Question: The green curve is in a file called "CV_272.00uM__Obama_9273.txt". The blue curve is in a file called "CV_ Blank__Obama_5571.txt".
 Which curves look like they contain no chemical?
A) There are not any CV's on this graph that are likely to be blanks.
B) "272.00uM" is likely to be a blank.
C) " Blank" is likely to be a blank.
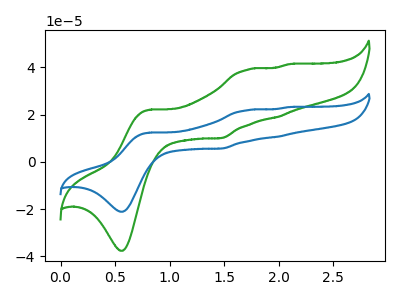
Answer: <think>The green curve "272.00uM" has anodic peaks at (0.80V, 22.05uA) (1.70V, 39.00uA) (2.00V, 18.90uA) (2.10V, 41.30uA) and cathodic peaks at (0.55V, -37.60uA) (1.45V, 10.05uA). The blue curve " Blank" has anodic peaks at (0.80V, 12.35uA) (1.70V, 21.85uA) (2.00V, 10.60uA) (2.10V, 23.15uA) and cathodic peaks at (0.55V, -21.05uA) (1.45V, 5.65uA).</think>
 <answer>A) There are not any CV's on this graph that are likely to be blanks.</answer>
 <eval>A</eval>